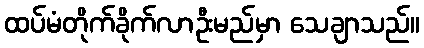
ထပ်မံတိုက်ခိုက်လာဦးမည်မှာ သေချာသည်။